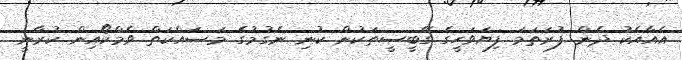
އެއާއެކު ދެން ފުރަތަމަ ފިޔަވަހީގެ ގޭބީސީތަކުން ކުނި ނެގުމުގެ މަސައްކަތް ވެމްކޯއިން ކުރާނީ